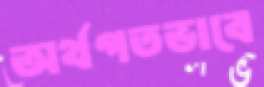
অর্থগতভাবে